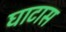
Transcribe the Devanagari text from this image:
घाटास